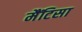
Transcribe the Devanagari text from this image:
मैंटिसा